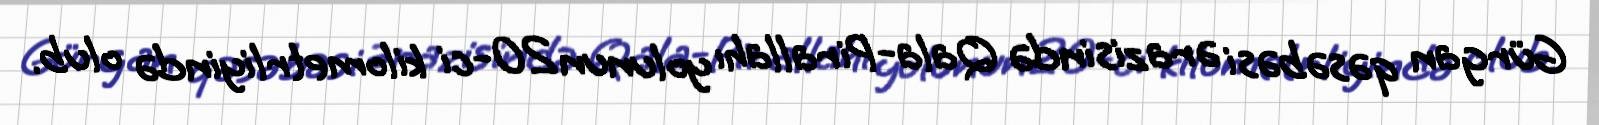
Gürgan qəsəbəsi ərazisində Qala-Pirallahı yolunun 20-ci kilometrliyində olub.